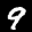
Label: 9